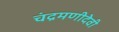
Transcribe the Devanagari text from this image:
चंद्रमणीदेवी